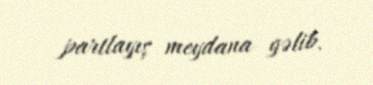
partlayış meydana gəlib.